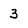
Character: 3